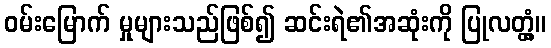
ဝမ်းမြောက် မှုများသည်ဖြစ်၍ ဆင်းရဲ၏အဆုံးကို ပြုလတ္တံ့။